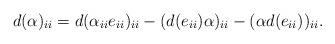
LaTeX: \begin{align*} d(\alpha)_{ii}=d(\alpha_{ii}e_{ii})_{ii}-(d(e_{ii})\alpha)_{ii}-(\alpha d(e_{ii}))_{ii}. \end{align*}